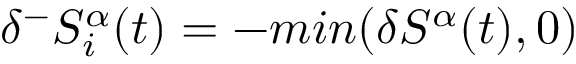
\delta ^ { - } S _ { i } ^ { \alpha } ( t ) = - m i n ( \delta S ^ { \alpha } ( t ) , 0 )